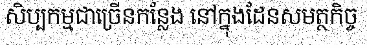
សិប្បកម្មជាច្រើនកន្លែង នៅក្នុងដែនសមត្ថកិច្ច